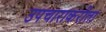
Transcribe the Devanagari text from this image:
उपचाराकरीता